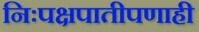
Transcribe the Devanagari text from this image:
निःपक्षपातीपणाही